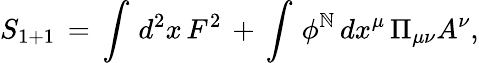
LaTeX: S_{1+1}\, =\, \int\, d^{2}x\, F^{2}\, +\, \int\, \phi^{\mathbb{N}}\, dx^{\mu}\, \Pi_{\mu\nu}A^{\nu},